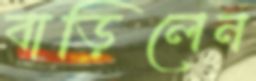
বাড়িলেন